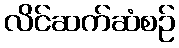
လိင်ဆက်ဆံစဉ်